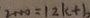
2 + 1 0 = 1 2 k + b